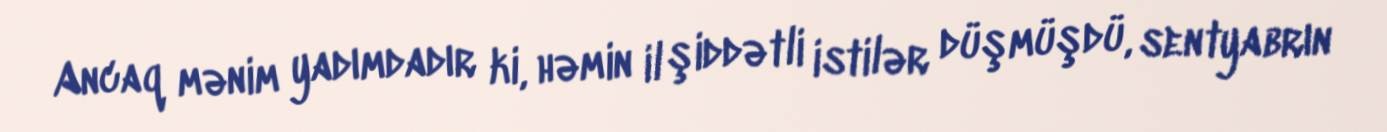
Ancaq mənim yadımdadır ki, həmin il şiddətli istilər düşmüşdü, sentyabrın